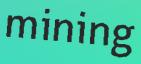
mining